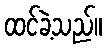
ထင်ခဲ့သည်။